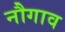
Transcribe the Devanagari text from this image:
नौगाव